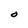
Character: O